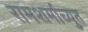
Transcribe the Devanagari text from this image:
रामशर्माच्युत